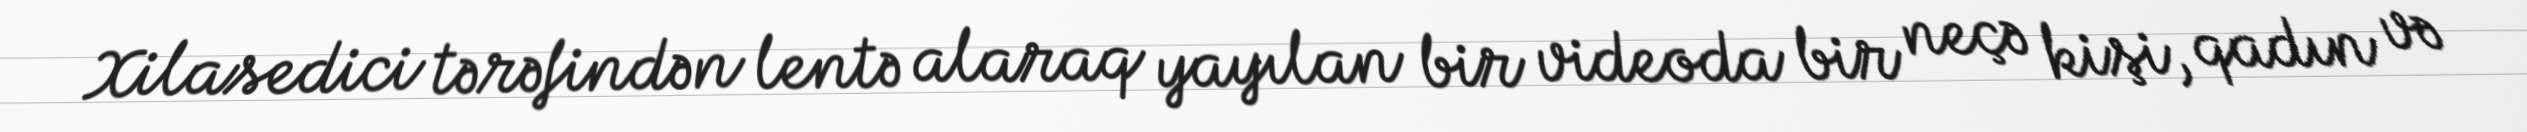
Xilasedici tərəfindən lentə alaraq yayılan bir videoda bir neçə kişi, qadın və